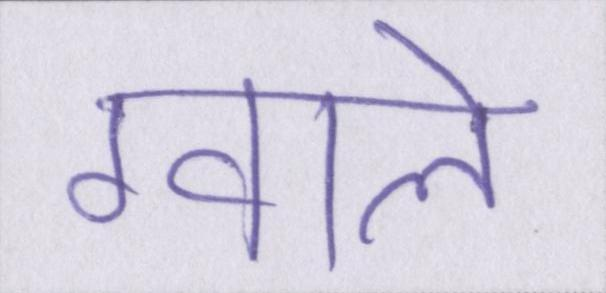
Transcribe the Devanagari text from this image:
ग्वाले